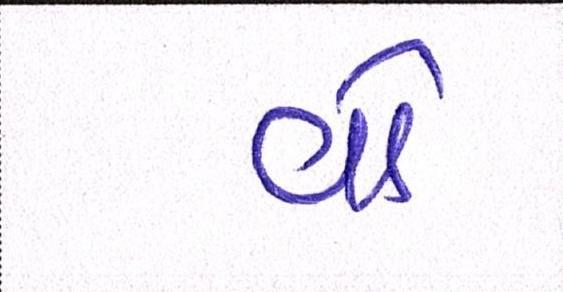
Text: વો